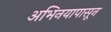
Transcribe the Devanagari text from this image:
अभिनयापासून